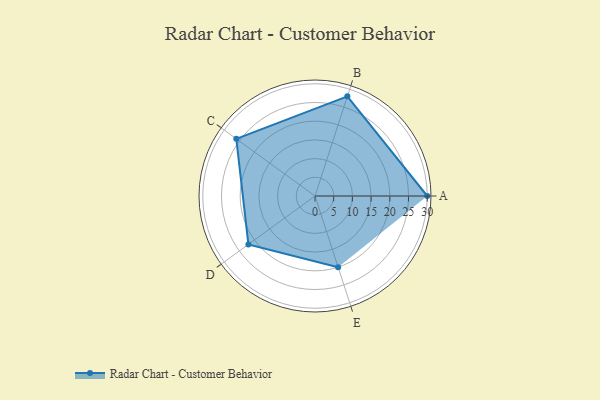
{"axis": {"x": "Skill", "y": "Score"}, "legend": ["Profile"], "data": [{"x": "A", "y": 30.0, "type": "Profile"}, {"x": "B", "y": 28.0, "type": "Profile"}, {"x": "C", "y": 26.0, "type": "Profile"}, {"x": "D", "y": 22.0, "type": "Profile"}, {"x": "E", "y": 20.0, "type": "Profile"}]}